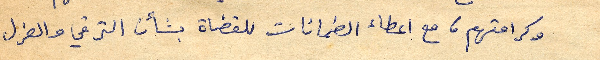
وكرامتهم، مع اعطاء الضمانات للقضاة بشأن الترقي والعزل